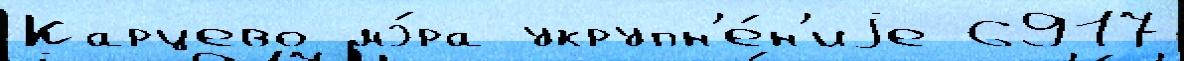
Карцево мэ́ра укрупн'е́н'иjе 6917